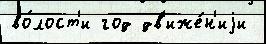
во́лост'и год дв'иже́н'иjи